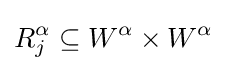
R_{j}^{\alpha }\subseteq W^{\alpha }\times W^{\alpha }